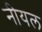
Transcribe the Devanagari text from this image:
नीयल